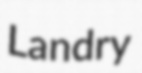
Landry